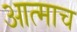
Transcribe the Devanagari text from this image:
आत्माच